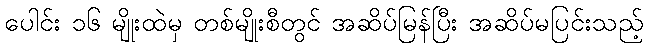
ပေါင်း ၁၆ မျိုးထဲမှ တစ်မျိုးစီတွင် အဆိပ်မြန်ပြီး အဆိပ်မပြင်းသည့်